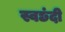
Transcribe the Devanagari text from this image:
स्वछंदी